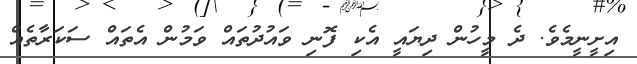
އިށީނީމެވެ. ދެ މީހުން ދިޔައީ އެކި ފޮނި ވައުދުތައް ވަމުން އެތައް ސަކަރާތެއް